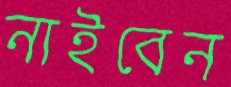
নাইবেন